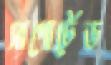
সাপোর্টেড